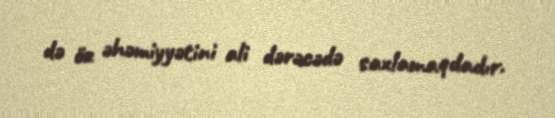
də öz əhəmiyyətini ali dərəcədə saxlamaqdadır.